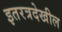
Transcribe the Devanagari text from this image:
इतरत्रदेखील